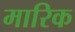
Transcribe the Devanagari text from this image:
मारिक